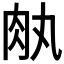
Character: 𦘾